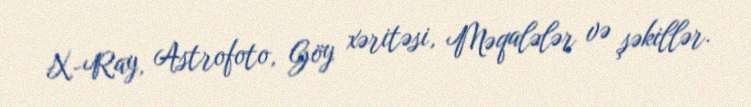
X-Ray, Astrofoto, Göy xəritəsi, Məqalələr və şəkillər.